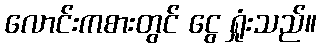
လောင်းကစားတွင် ငွေ ရှုံးသည်။